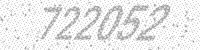
Solution: 722052